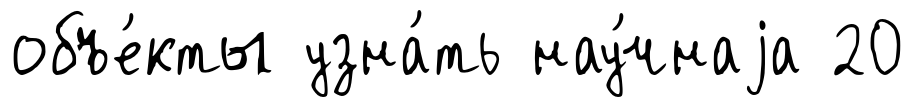
объе́кты узна́ть нау́чнаjа 20